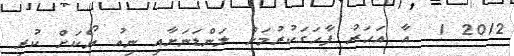
2012 1  އާ އަހަރު ފާހަގަކުރުމަށް ލަންޑަނަށާއި ނިއު ޔޯކަށް ކުރި